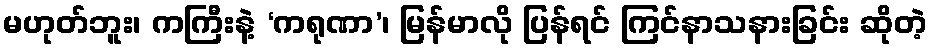
မဟုတ်ဘူး၊ ကကြီးနဲ့ ‘ကရုဏာ’၊ မြန်မာလို ပြန်ရင် ကြင်နာသနားခြင်း ဆိုတဲ့